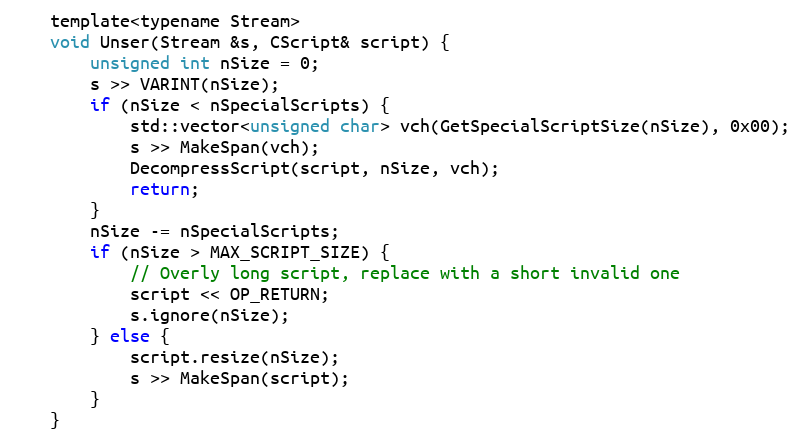
Language: C
    template<typename Stream>
    void Unser(Stream &s, CScript& script) {
        unsigned int nSize = 0;
        s >> VARINT(nSize);
        if (nSize < nSpecialScripts) {
            std::vector<unsigned char> vch(GetSpecialScriptSize(nSize), 0x00);
            s >> MakeSpan(vch);
            DecompressScript(script, nSize, vch);
            return;
        }
        nSize -= nSpecialScripts;
        if (nSize > MAX_SCRIPT_SIZE) {
            // Overly long script, replace with a short invalid one
            script << OP_RETURN;
            s.ignore(nSize);
        } else {
            script.resize(nSize);
            s >> MakeSpan(script);
        }
    }